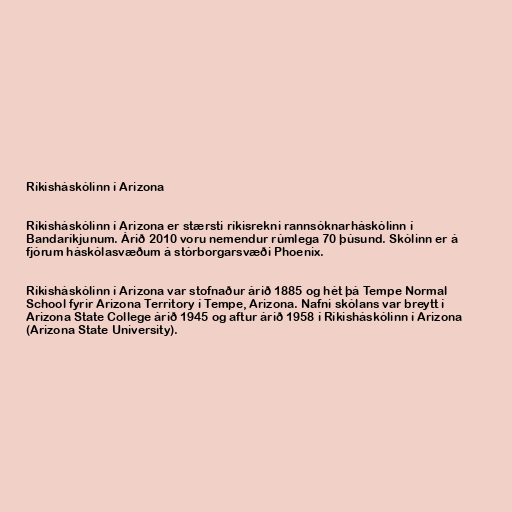
Ríkisháskólinn í Arizona

Ríkisháskólinn í Arizona er stærsti ríkisrekni rannsóknarháskólinn í
Bandaríkjunum. Árið 2010 voru nemendur rúmlega 70 þúsund. Skólinn er á
fjórum háskólasvæðum á stórborgarsvæði Phoenix.

Ríkisháskólinn í Arizona var stofnaður árið 1885 og hét þá Tempe Normal
School fyrir Arizona Territory í Tempe, Arizona. Nafni skólans var breytt í
Arizona State College árið 1945 og aftur árið 1958 í Ríkisháskólinn í Arizona
(Arizona State University).